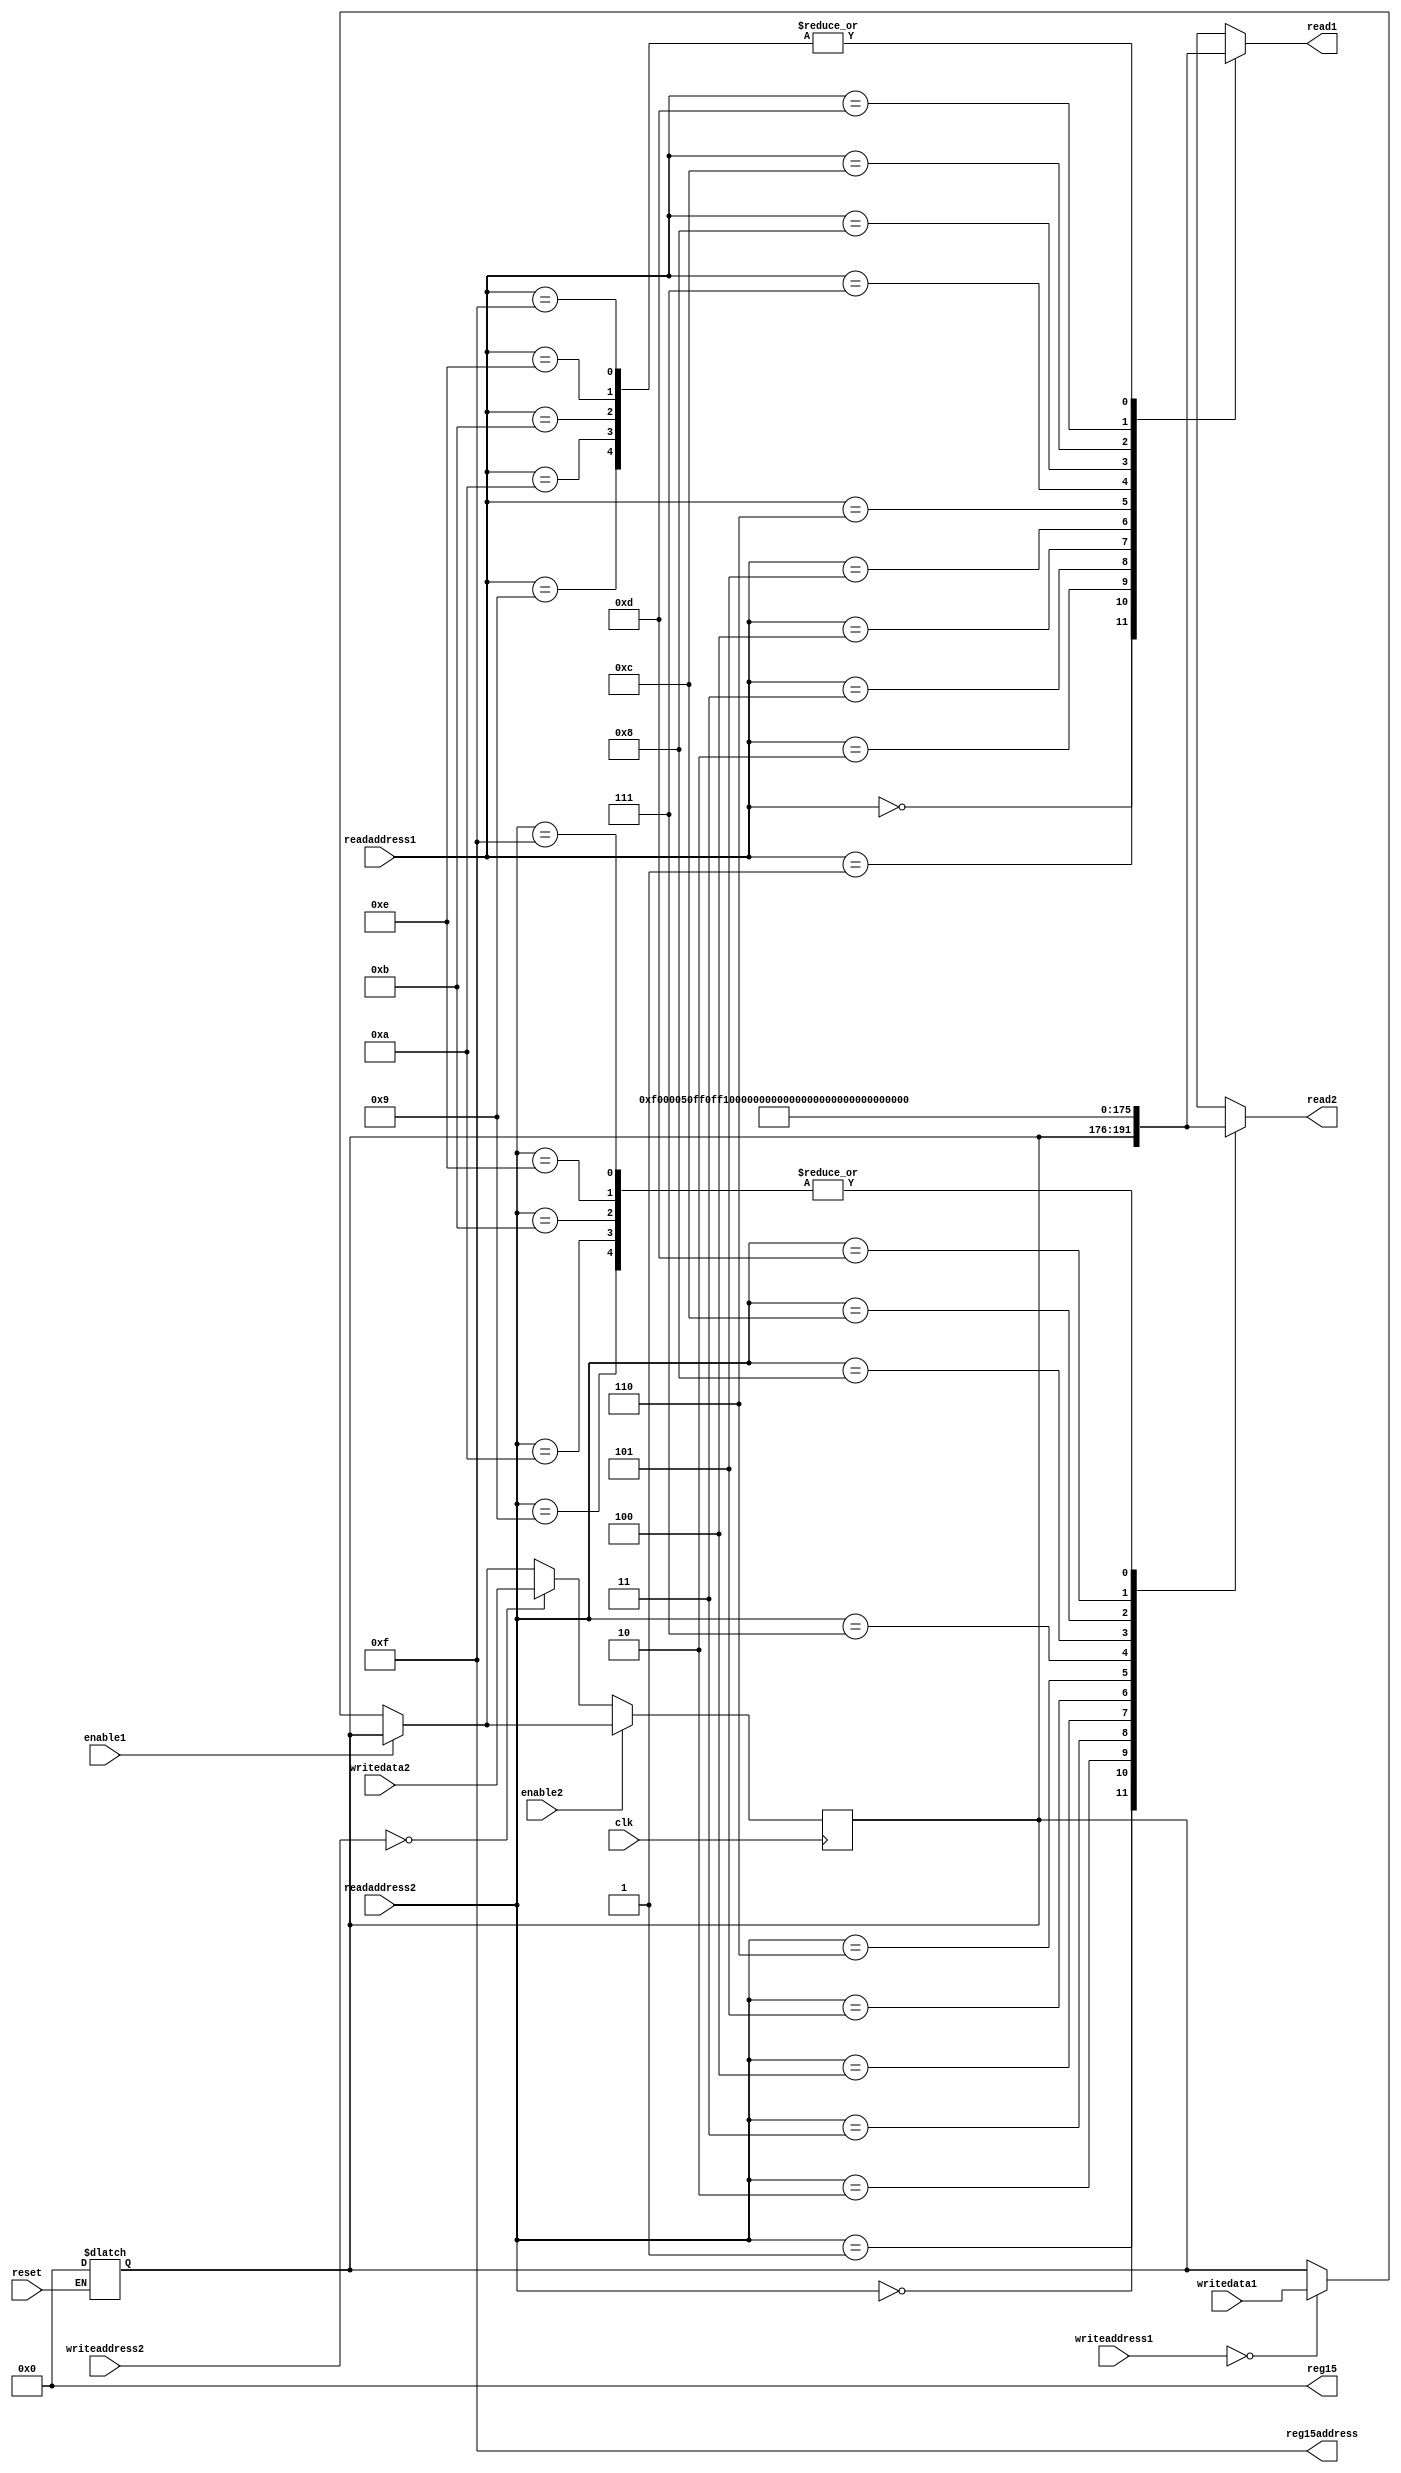
module regblock(input [3:0] readaddress1, readaddress2,
							writeaddress1, writeaddress2,
				input [15:0]writedata1, writedata2,
				input		clk, enable1, enable2, reset,
				output reg [15:0] reg15, read1, read2, 
				output reg [3:0]  reg15address);

//data block

reg [15:0] registers [15:0];


//write rising edge

always @(posedge clk)
begin
	if (!enable1) registers[writeaddress1] <= writedata1;
	if (!enable2) registers[writeaddress2] <= writedata2;
end

//read falling edge

always @*
begin
	reg15 <= registers[15];
	read1 <= registers[readaddress1];
	read2 <= registers[readaddress2];
	reg15address <= 4'b1111;
end

always @*
begin
	if (!reset) 
		

		registers[(0)] <= 16'd0;
		registers[(1)] <= 16'h0F00;
		registers[(2)] <= 16'h0050;
		registers[(3)] <= 16'hFF0F;
		registers[(4)] <= 16'hF0FF;
		registers[(5)] <= 16'h0040;
		registers[(6)] <= 16'h6666;
		registers[(7)] <= 16'h00FF;
		registers[(8)] <= 16'hFF77;
		registers[(9)] <= 16'h0000;
		registers[(10)] <=16'h0000;
		registers[(11)] <=16'h0000;
		registers[(12)] <= 16'hCC89;
		registers[(13)] <= 16'h0002;
		registers[(14)] <= 16'h0000;
		registers[(15)] <= 16'h0000;
end

endmodule